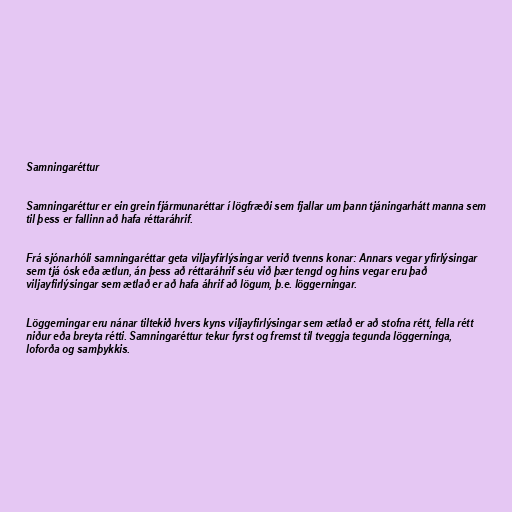
Samningaréttur

Samningaréttur er ein grein fjármunaréttar í lögfræði sem fjallar um þann tjáningarhátt manna sem
til þess er fallinn að hafa réttaráhrif.

Frá sjónarhóli samningaréttar geta viljayfirlýsingar verið tvenns konar: Annars vegar yfirlýsingar
sem tjá ósk eða ætlun, án þess að réttaráhrif séu við þær tengd og hins vegar eru það
viljayfirlýsingar sem ætlað er að hafa áhrif að lögum, þ.e. löggerningar.

Löggerningar eru nánar tiltekið hvers kyns viljayfirlýsingar sem ætlað er að stofna rétt, fella rétt
niður eða breyta rétti. Samningaréttur tekur fyrst og fremst til tveggja tegunda löggerninga,
loforða og samþykkis.